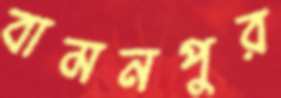
বামনপুর